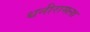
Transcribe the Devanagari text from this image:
धनीरामला